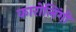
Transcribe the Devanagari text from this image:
कारोलिंगी